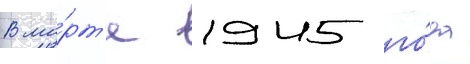
В ма́рт'е 1945 го́да